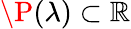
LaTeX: \P(\lambda)\subset\mathbb{R}